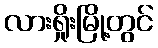
လားရှိုးမြို့တွင်